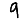
Digit: 9